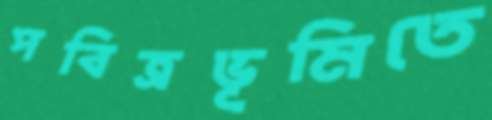
পবিত্রভূমিতে